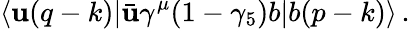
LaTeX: \langle\mathbf{u}(q-k)|\bar{{\mathbf{u}}}\gamma^{\mu}(1-\gamma_{5})b|b(p-k)\rangle\, .